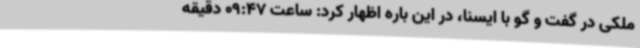
ملکی در گفت و گو با ایسنا، در این باره اظهار کرد: ساعت 09:47 دقیقه